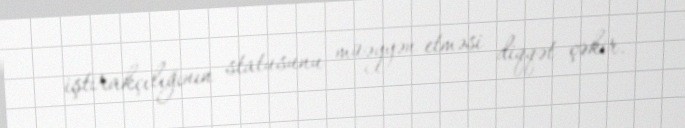
iştirakçılığının statusunu müəyyən etməsi diqqət çəkir.